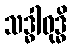
သဒ္ဓါဝုဒ္ဓိ